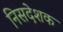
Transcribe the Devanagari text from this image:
निसदेशक